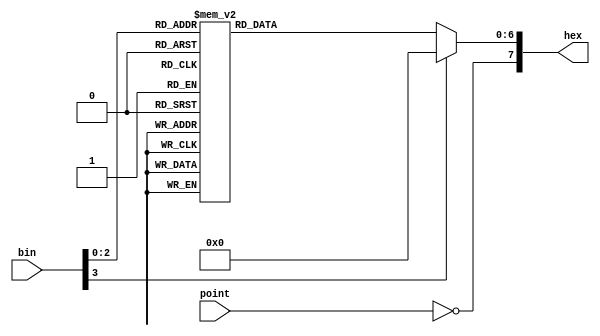
// ECEN2350 
// Jusin Thwaites


module SevenSegment(


	output		     [7:0]		hex,
	input 		     [3:0]		bin,
	input 		     				point
);
reg [6:0] led;
assign hex[6:0]=led[6:0];
assign hex[7] = ~point;

always @ (bin[3:0]) begin
case(bin[3:0])
4'b0000:begin
led[0]=0;
led[1]=0;
led[2]=0;
led[3]=0;
led[4]=0;
led[5]=0;
led[6]=1;
end
4'b0001:begin
led[0]=1;
led[1]=0;
led[2]=0;
led[3]=1;
led[4]=1;
led[5]=1;
led[6]=1;
end
4'b0010:begin
led[0]=0;
led[1]=0;
led[2]=1;
led[3]=0;
led[4]=0;
led[5]=1;
led[6]=0;
end
4'b0011:begin
led[0]=0;
led[1]=0;
led[2]=0;
led[3]=0;
led[4]=1;
led[5]=1;
led[6]=0;
end
4'b0100:begin
led[0]=1;
led[1]=0;
led[2]=0;
led[3]=1;
led[4]=1;
led[5]=0;
led[6]=0;
end
4'b0101:begin
led[0]=1;
led[1]=0;
led[2]=0;
led[3]=1;
led[4]=1;
led[5]=1;
led[6]=1;
end
4'b0110:begin
led[0]=0;
led[1]=0;
led[2]=1;
led[3]=0;
led[4]=0;
led[5]=1;
led[6]=0;
end
4'b0111:begin
led[0]=0;
led[1]=0;
led[2]=0;
led[3]=0;
led[4]=1;
led[5]=1;
led[6]=0;
end
default:begin
led[0]=0;
led[1]=0;
led[2]=0;
led[3]=0;
led[4]=0;
led[5]=0;
led[6]=0;
end
endcase
end
endmodule